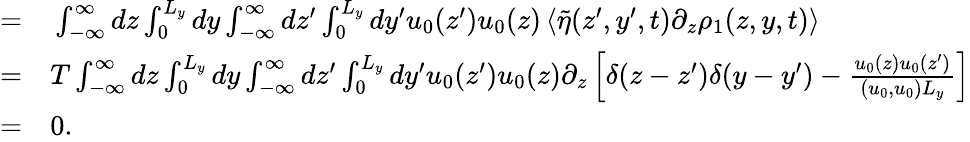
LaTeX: \begin{array}{rl}{=}&{{}\int_{-\infty}^{\infty}dz\int_{0}^{L_{y}}dy\int_{-\infty}^{\infty}dz^{\prime}\int_{0}^{L_{y}}dy^{\prime}u_{0}(z^{\prime})u_{0}(z)\left\langle\tilde{\eta}(z^{\prime},y^{\prime},t)\partial_{z}\rho_{1}(z,y,t)\right\rangle}\\ {=}&{{}T\int_{-\infty}^{\infty}dz\int_{0}^{L_{y}}dy\int_{-\infty}^{\infty}dz^{\prime}\int_{0}^{L_{y}}dy^{\prime}u_{0}(z^{\prime})u_{0}(z)\partial_{z}\left[\delta(z-z^{\prime})\delta(y-y^{\prime})-\frac{u_{0}(z)u_{0}(z^{\prime})}{(u_{0},u_{0})L_{y}}\right]}\\ {=}&{{}0.}\end{array}